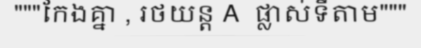
"""កែងគ្នា , រថយន្ត A  ផ្លាស់ទីតាម"""